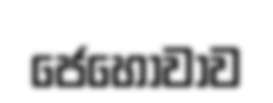
ජෙහොවාව